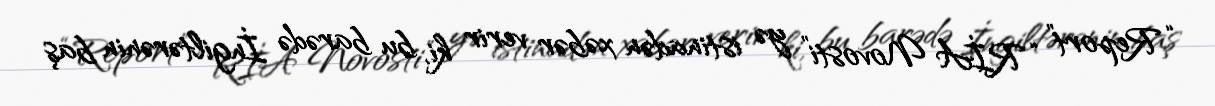
“Report” “RİA Novosti” yə istinadən xəbər verir ki, bu barədə İngiltərənin baş